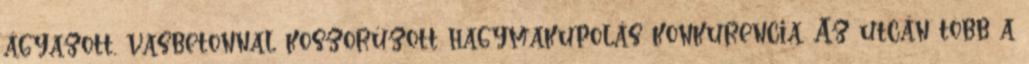
ágyazott, vasbetonnal koszorúzott hagymakupolás konkurencia. Az utcán több a